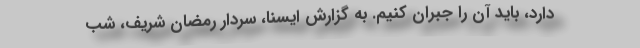
دارد، باید آن را جبران کنیم. به گزارش ایسنا، سردار رمضان شریف، شب